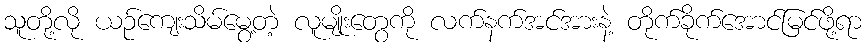
သူတို့လို ယဉ်ကျေးသိမ်မွေ့တဲ့ လူမျိုးတွေကို လက်နက်အင်အားနဲ့ တိုက်ခိုက်အောင်မြင်ဖို့ရာ